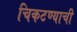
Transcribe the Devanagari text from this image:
चिकटण्याची